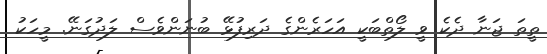
ތީތަ ޖަނާ ދެކެ ވީ ލޯތްބަކީ އަހަރެންގެ ދަރިފުޅޭ ބުނަންވެސް ލަދުގަނޭ. މީހަކު